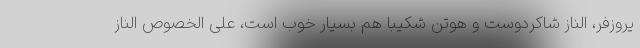
یروزفر، الناز شاکردوست و هوتن شکیبا هم بسیار خوب است، علی الخصوص الناز